Indian journal of veterinary science and animal husbandry - Volumes 26-27, 1956-1957
Year: 1956
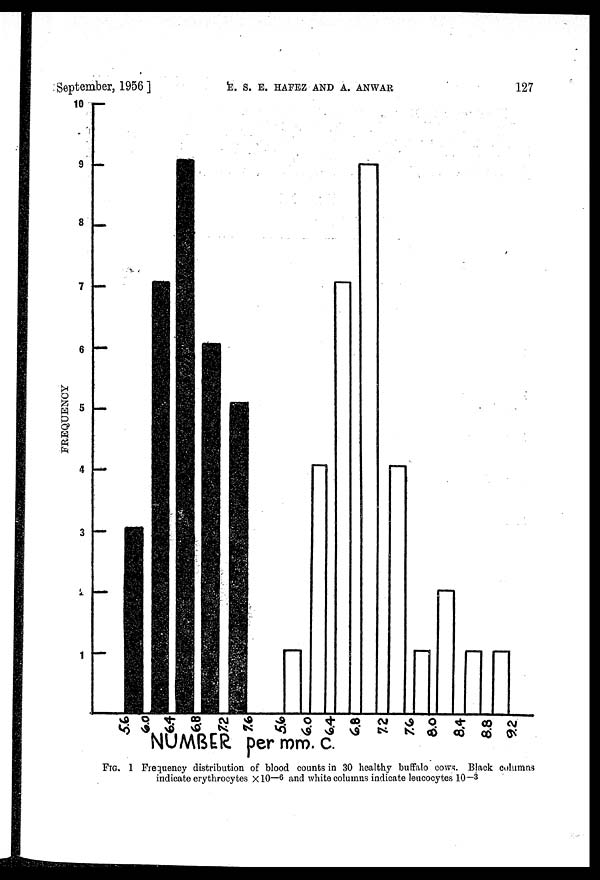
September, 1956 ]
E.
S.
E.
HAFEZ
AND
A.
ANWAR
127
FIG, 1 Frequency distribution of blood counts in 30 healthy buffalo cows. Black columns
indicate erythrocytes ×10—6 and white columns indicate leucocytes 10—3